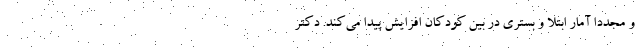
و مجددا آمار ابتلا و بستری در بین کودکان افزایش پیدا می‌کند. دکتر